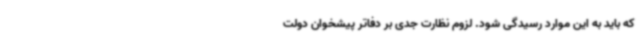
که باید به این موارد رسیدگی شود. لزوم نظارت جدی بر دفاتر پیشخوان دولت